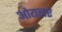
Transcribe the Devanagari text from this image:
ओयलर